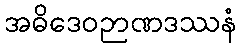
အဓိဒေဝဉာဏဒဿနံ